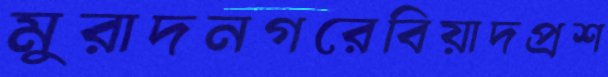
মুরাদনগরেবিয়াদপ্রশ